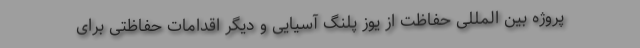
پروژه بین المللی حفاظت از یوز پلنگ آسیایی و دیگر اقدامات حفاظتی برای